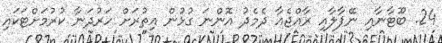
24. ބޫޓާނާއި ނޭޕާލާއި ރާއްޖެއާ ދެމެދު އޮންނަ ގުޅުން އިތުރަށް ހަރުދަނާ ކުރުމަށްޓަކައި